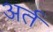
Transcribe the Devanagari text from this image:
अर्त